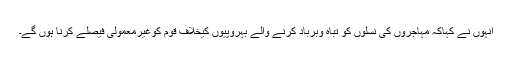
انہوں نے کہاکہ مہاجروں کی نسلوں کو تباہ وبرباد کرنے والے بہروپیوں کیخلاف قوم کوغیرمعمولی فیصلے کرنا ہوں گے۔